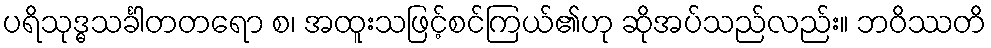
ပရိသုဒ္ဓသင်္ခါတတရော စ၊ အထူးသဖြင့်စင်ကြယ်၏ဟု ဆိုအပ်သည်လည်း။ ဘဝိဿတိ